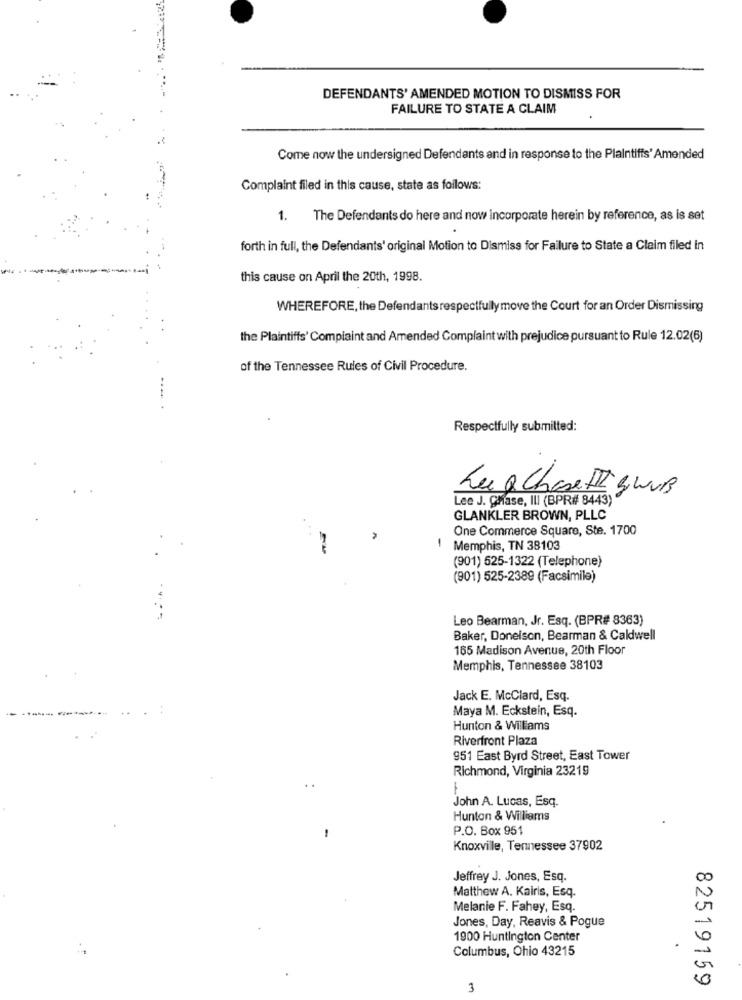
DEFENDANTS' AMENDED MOTION TO DISMISS FOR
FAILURE TO STATE A CLAIM
Come now the undersigned Defendants and in response to the Plaintifis' Amended
Complaint filed in this cause, state as follows:
1. The Defendants do here and now incorporate herein by reference, as is set
forth in full, the Defendants' original Motion to Dismiss for Failure to State a Claim filed in
this cause on April the 20th, 1998.
WHEREFORE, the Defendants respectfully move the Court for an Order Dismissing
the Plaintiffs' Complaint and Amended Complaint with prejudice pursuant to Rule 12.02(6)
of the Tennessee Rules of Civil Procedure.
Respectfully submitted:
LugChaseFISWUB
Lee J. Chase, III (BPR# 8443) "
GLANKLER BROWN, PLLC
One Commerce Square, Ste. 1700
Memphis, TN 38103
(901) 525-1322 (Telephone)
(901) 525-2389 (Facsimile)
Leo Bearman, Jr. Esq. (BPR# 8363)
Baker, Donelson, Bearman & Caldwell
165 Madison Avenue, 20th Floor
Memphis, Tennessee 38103
Jack E. McClard, Esq.
Maya M. Eckstein, Esq.
Hunton & Williams
Riverfront Plaza
951 East Byrd Street, East Tower
Richmond, Virginia 23219
John A. Lucas, Esq.
Hunton & Williams
P.O. Box 951
Knoxville, Tennessee 37902
Jeffrey J. Jones, Esq.
Matthew A. Kairis, Esq.
Melanie F. Fahey, Esq.
Jones, Day, Reavis & Pogue
1900 Huntington Center
Columbus, Ohio 43215
82519159
3